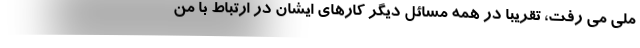
ملی می رفت، تقریبا در همه مسائل دیگر کارهای ایشان در ارتباط با من